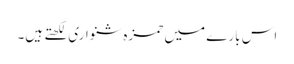
اس بارے میں حمزہ شنواری لکھتے ہیں۔